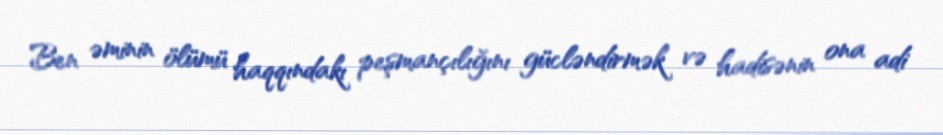
Ben əminin ölümü haqqındakı peşmançılığını gücləndirmək və hadisənin ona adi